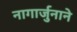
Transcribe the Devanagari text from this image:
नागार्जुनाने